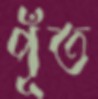
পূঁত